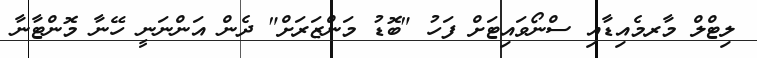
ލިޓްލް މާރމެއިޑާއި ސްނޯވައިޓަށް ފަހު "ބޮޑު މަންޒަރަށް" ދެން އަންނަނީ ހޭނާ މޮންޓާނާ